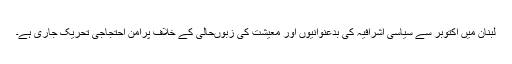
لبنان میں اکتوبر سے سیاسی اشرافیہ کی بدعنوانیوں اور معیشت کی زبوںحالی کے خلاف پُرامن احتجاجی تحریک جاری ہے۔